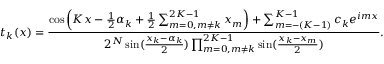
t _ { k } ( x ) = { \frac { \cos \left( K x - { \frac { 1 } { 2 } } \alpha _ { k } + { \frac { 1 } { 2 } } \sum _ { m = 0 , m \neq k } ^ { 2 K - 1 } x _ { m } \right) + \sum _ { m = - ( K - 1 ) } ^ { K - 1 } c _ { k } e ^ { i m x } } { 2 ^ { N } \sin ( { \frac { x _ { k } - \alpha _ { k } } { 2 } } ) \prod _ { m = 0 , m \neq k } ^ { 2 K - 1 } \sin ( { \frac { x _ { k } - x _ { m } } { 2 } } ) } } .